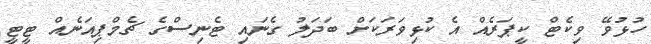
ހުޅުވޭ ވިކެޓް ކީޕަރެއް އެ ކުޅިވަރަކަށް ބަދަލު ގެނައި ޓެނިސްގެ ޗެމްޕިއަނެއް ޓީޓީ